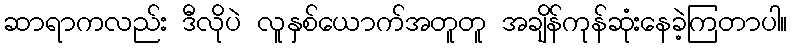
ဆာရာကလည်း ဒီလိုပဲ လူနှစ်ယောက်အတူတူ အချိန်ကုန်ဆုံးနေခဲ့ကြတာပါ။